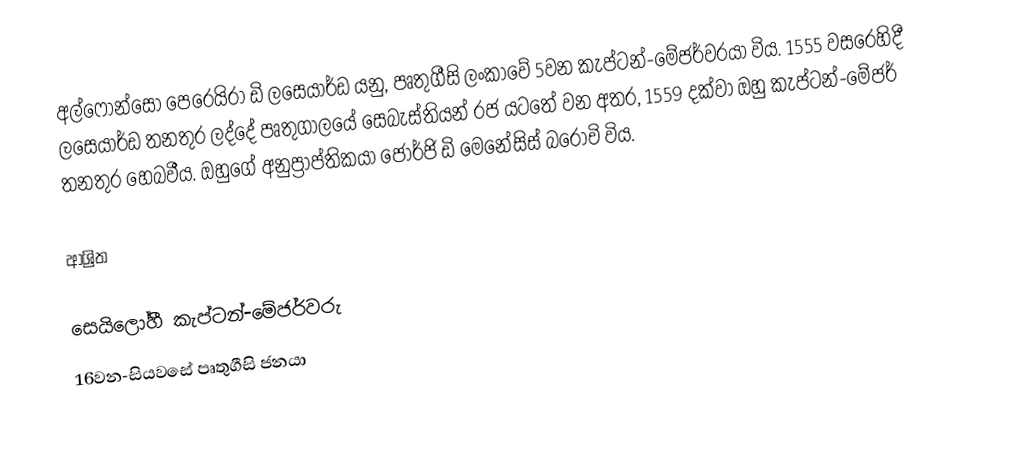
අල්ෆෝන්සෝ පෙරෙයිරා ඩි ලසෙයාර්ඩ යනු,  පෘතුගීසි ලංකාවේ 5වන කැප්ටන්-මේජර්වරයා විය. 1555 වසරෙහිදී ලසෙයාර්ඩ තනතුර ලද්දේ  පෘතුගාලයේ සෙබැස්තියන් රජ යටතේ වන අතර, 1559 දක්වා ඔහු කැප්ටන්-මේජර් තනතුර හෙබවීය. ඔහුගේ අනුප්‍රාප්තිකයා ජෝර්ජි ඩි මෙනේසිස් බරෝචි විය.

ආශ්‍රිත

 සෙයිලෝහී කැප්ටන්-මේජර්වරු
16වන-සියවසේ පෘතුගීසි ජනයා